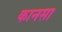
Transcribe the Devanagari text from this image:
कानसा